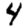
Digit: 4